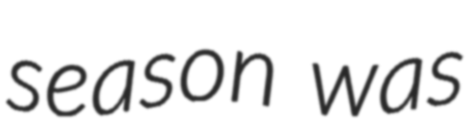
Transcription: season was